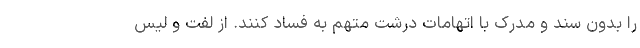
را بدون سند و مدرک با اتهامات درشت متهم به فساد کنند. از لفت و لیس